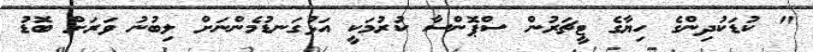
" ކުޑަކުދިންގެ ހިޔާގެ ޓީޗަރުން ސްޕޮންސާ ކުުރުމަކީ އަޅުގަނޑުމެންނަށް ލިބުނު ވަރަށް ބޮޑު